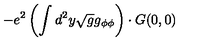
- e ^ { 2 } \left( \int d ^ { 2 } y \sqrt { g } g _ { \phi \phi } \right) \cdot G ( 0 , 0 )